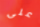
على